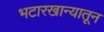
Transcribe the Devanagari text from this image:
भटारखान्यातून